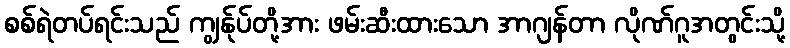
စစ်ရဲတပ်ရင်းသည် ကျွန်ုပ်တို့အား ဖမ်းဆီးထားသော အာဂျန်တာ လိုဏ်ဂူအတွင်းသို့